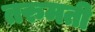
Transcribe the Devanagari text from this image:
तरुमती